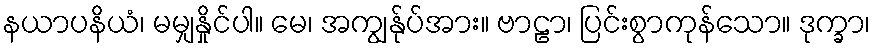
နယာပနိယံ၊ မမျှနှိုင်ပါ။ မေ၊ အကျွန်ုပ်အား။ ဗာဠာ၊ ပြင်းစွာကုန်သော။ ဒုက္ခာ၊